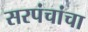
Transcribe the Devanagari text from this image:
सरपंचांचा